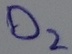
Text: D2